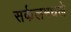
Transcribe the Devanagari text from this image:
सर्कलमधले